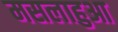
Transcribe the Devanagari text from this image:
मसलाहुआ